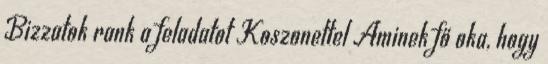
Bizzatok rank a feladatot Koszonettel Aminek fő oka, hogy